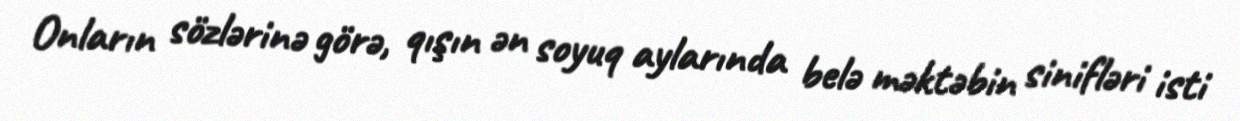
Onların sözlərinə görə, qışın ən soyuq aylarında belə məktəbin sinifləri isti